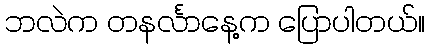
ဘလဲက တနင်္လာနေ့က ပြောပါတယ်။